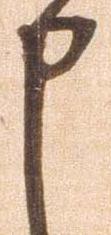
申